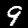
Label: 9